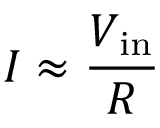
I \approx { \frac { V _ { \mathrm { i n } } } { R } }